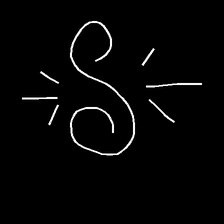
Glyph: wind-directs-air